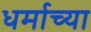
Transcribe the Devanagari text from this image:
धर्माच्‍या